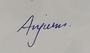
Signature authenticity: genuine